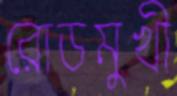
রোডমুখী